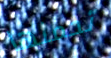
تحملها